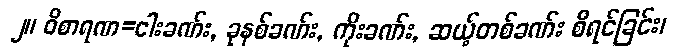
၂။ ဝိစာရဏ=ငါးခဏ်း, ခုနစ်ခဏ်း, ကိုးခဏ်း, ဆယ့်တစ်ခဏ်း စီရင်ခြင်း၊